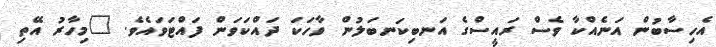
އެހިސާބުން އަނެއްކާ ވެސް ރައީސްގެ އަނބިކަނބަލުން ވާހަކަ ދައްކަވަން ފައްޓަވައެވެ. "މިހާރު އޭތި